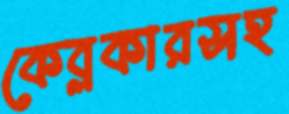
কেব্লকারসহ